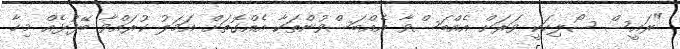
"ރައީސް ސޯލިހަކީ ވަރަށް އެއްބަސްވާ އެއްބަސްވުންތަކާ އެއްގޮތަށް އަމަލު ކުރައްވާ ބޭފުޅެއް މިހާ